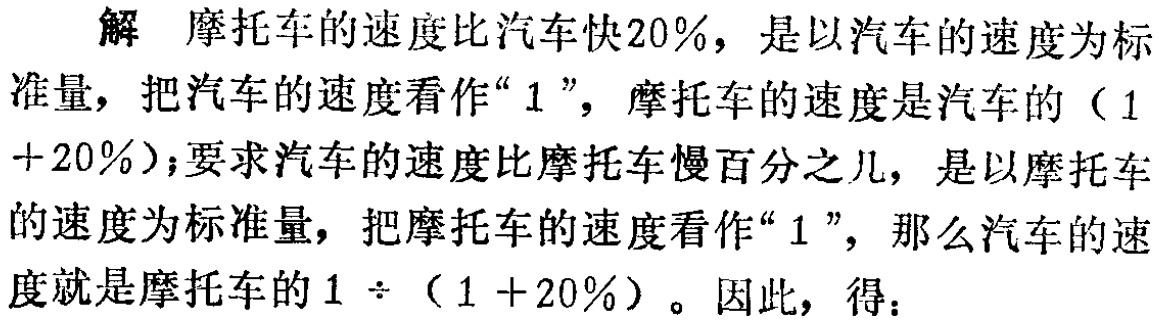
解 摩托车的速度比汽车快20%，是以汽车的速度为标准量，把汽车的速度看作“1”，摩托车的速度是汽车的（1 + 20%）；要求汽车的速度比摩托车慢百分之几，是以摩托车的速度为标准量，把摩托车的速度看作“1”，那么汽车的速度就是摩托车的\(1\div(1 + 20\%)\)。因此，得：